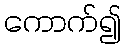
ကောက်၍